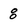
Character: 8